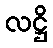
လဋ္ဌိ